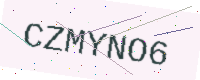
Text: CZMYNO6